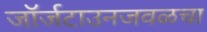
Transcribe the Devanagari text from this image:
जॉर्जटाउनजवळचा